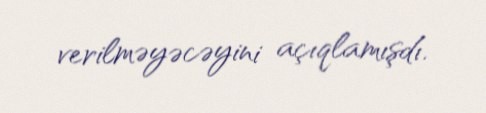
verilməyəcəyini açıqlamışdı.